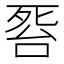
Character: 𱥎